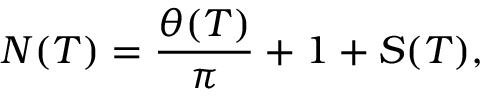
N ( T ) = { \frac { \theta ( T ) } { \pi } } + 1 + S ( T ) ,